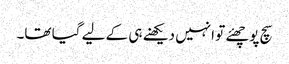
سچ پوچھئے تو انہیں دیکھنے ہی کے لیے گیا تھا۔